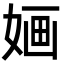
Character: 婳